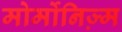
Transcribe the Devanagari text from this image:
मोर्मोनिज्‍़म